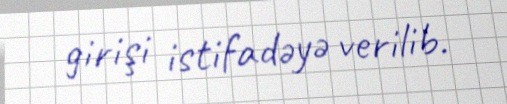
girişi istifadəyə verilib.